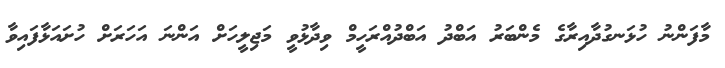
މާފަންނު ހުޅަނގުދާއިރާގެ މެންބަރު އަބްދު އަބްދުއްރަހީމް ވިދާޅުވީ މަޖިލީހަށް އަންނަ އަހަރަށް ހުށައަޅާފައިވާ